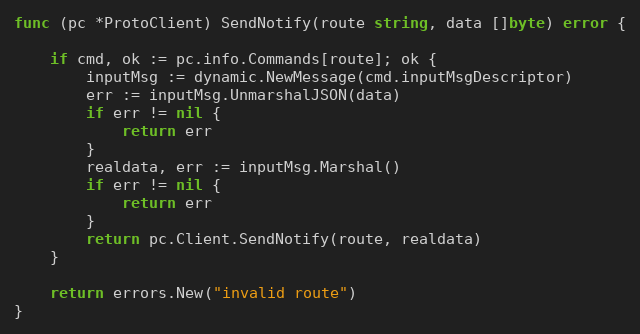
Language: Go
func (pc *ProtoClient) SendNotify(route string, data []byte) error {

	if cmd, ok := pc.info.Commands[route]; ok {
		inputMsg := dynamic.NewMessage(cmd.inputMsgDescriptor)
		err := inputMsg.UnmarshalJSON(data)
		if err != nil {
			return err
		}
		realdata, err := inputMsg.Marshal()
		if err != nil {
			return err
		}
		return pc.Client.SendNotify(route, realdata)
	}

	return errors.New("invalid route")
}